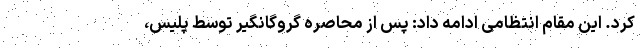
کرد. این مقام انتظامی ادامه داد: پس از محاصره گروگانگیر توسط پلیس،